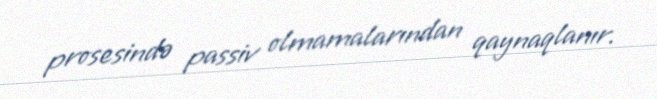
prosesində passiv olmamalarından qaynaqlanır.